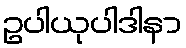
ဥပါယုပါဒါနာ